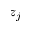
z _ { j }